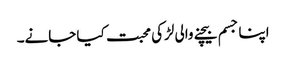
اپنا جسم بیچنے والی لڑکی محبت کیا جانے۔